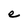
Character: e